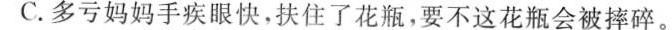
C.多亏妈妈手疾眼快，扶住了花瓶，要不这花瓶会被摔碎。